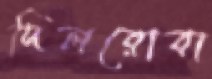
দিলরোবা